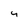
Character: 4